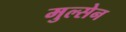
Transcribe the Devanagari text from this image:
मुल्सेन